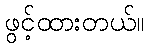
ဖွင့်ထားတယ်။